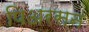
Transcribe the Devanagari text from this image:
पिअरसन